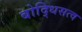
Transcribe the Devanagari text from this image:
बोद्धिसत्व